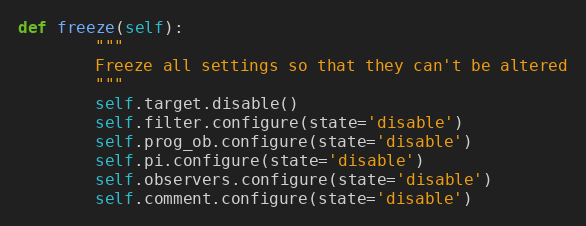
Language: Python
def freeze(self):
        """
        Freeze all settings so that they can't be altered
        """
        self.target.disable()
        self.filter.configure(state='disable')
        self.prog_ob.configure(state='disable')
        self.pi.configure(state='disable')
        self.observers.configure(state='disable')
        self.comment.configure(state='disable')